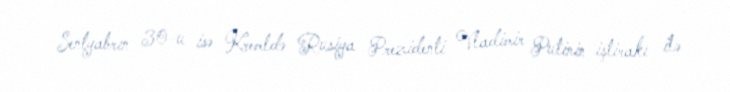
Sentyabrın 30-u isə Kremldə Rusiya Prezidenti Vladimir Putinin iştirakı ilə